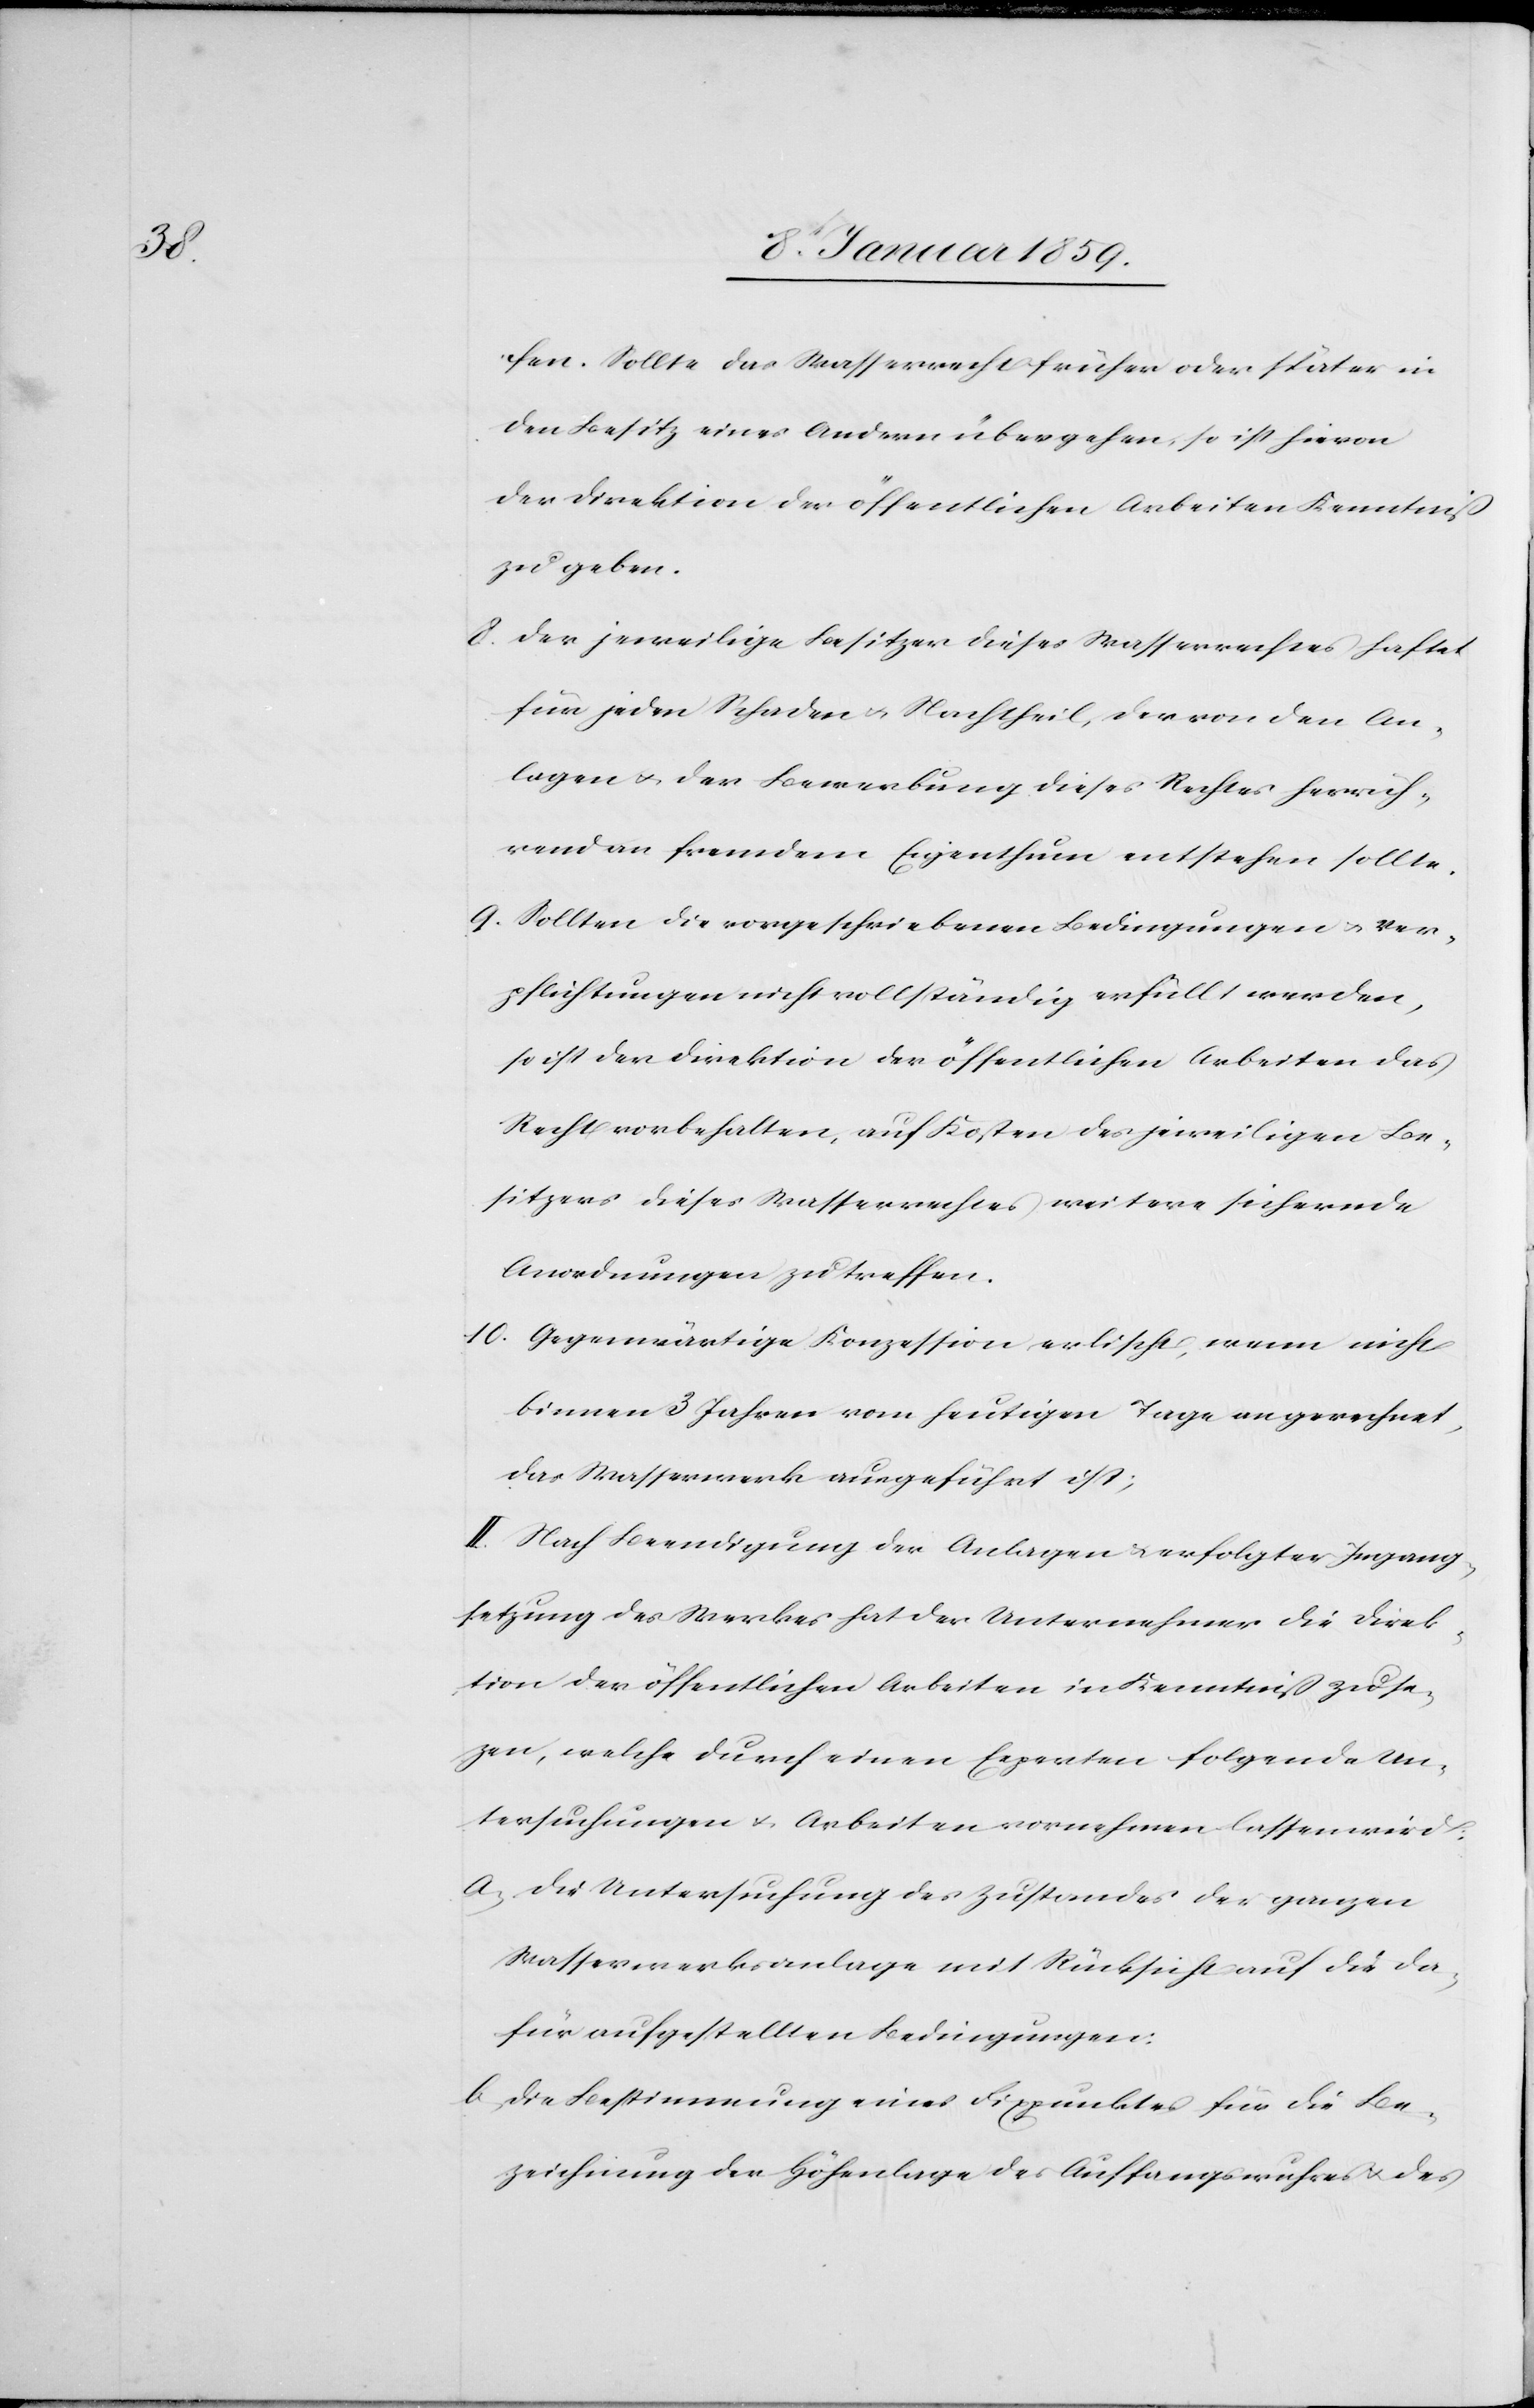
fen. Sollte das Wasserrecht früher oder später in
den Besitz eines Andern übergehen, so ist hievon
der Direktion der öffentlichen Arbeiten Kenntniß
zu geben.
8. Der jeweilige Besitzer dieses Wasserrechtes haftet
für jeden Schaden u. Nachtheil, der von den An¬
lagen u. der Bewerbung dieses Rechtes herüh¬
rend fremdem Eigenthum entstehen sollte.
9. Sollten die vorgeschriebenen Bedingungen u. Ver¬
pflichtungen nicht vollständig erfüllt werden,
so ist der Direktion der öffentlichen Arbeiten das
Recht verbehalten, auf Kosten des jeweiligen Be¬
sitzers dieses Wasserwerkes weitere sichernde
Anordnungen zu treffen.
10. Gegenwärtige Korzession erlischt, wenn nicht
binnen 3 Jahren vom heutigen Tage an gerechnet,
das Wasserwerk ausgeführt ist;
II. Nach Beendigung der Anlagen u. erfolgter Ingang¬
setzung des Werkes hat der Unternehmer die Direk¬
tion der öffentlichen Arbeiten in Kenntniß zu set¬
zen,welche durch einen Experten folgende Un¬
tersuchungen u. Arbeiten vornehmen lassen wird:
a. Die Untersuchung des Zustandes der ganzen
Wasserwerksanlage mit Rücksicht auf die da¬
für aufgestellten Bedingungen:
b. Die Bestimmung eines Fixpunktes für die Be¬
zeichnung der Höhenlage des Auffangswuhres u. des